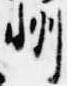
州